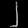
Digit: ၂